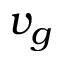
v _ { g }